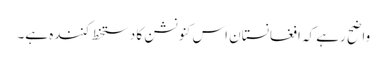
واضح رہے کہ افغانستان اس کنونشن کا دستخط کنندہ ہے۔